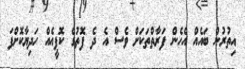
އިތުރުން ބައެއް އެހެން ފަރާތްތަކަށް ވެސް އެ ދެ ފޮތުގެ ކޮޕީއެއް ހަދިޔާކޮށްފަ